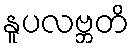
နူပလဗ္ဘတိ